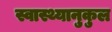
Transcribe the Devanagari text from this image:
स्वास्थ्यानुकुल